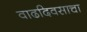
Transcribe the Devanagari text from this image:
वाढदिवसाचा